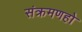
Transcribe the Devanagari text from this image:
संक्रमणहो